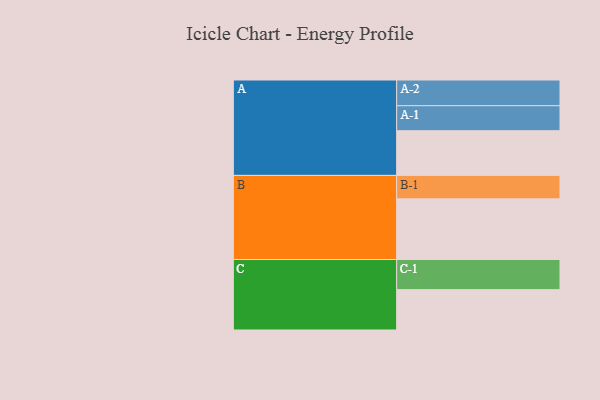
{"axis": {"x": "Segment", "y": "Value"}, "legend": ["", "A", "B", "C"], "data": [{"x": "A", "y": 391, "type": ""}, {"x": "B", "y": 531, "type": ""}, {"x": "C", "y": 353, "type": ""}, {"x": "A-1", "y": 219, "type": "A"}, {"x": "A-2", "y": 225, "type": "A"}, {"x": "B-1", "y": 205, "type": "B"}, {"x": "C-1", "y": 264, "type": "C"}]}